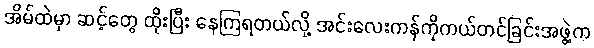
အိမ်ထဲမှာ ဆင့်တွေ ထိုးပြီး နေကြရတယ်လို့ အင်းလေးကန်ကိုကယ်တင်ခြင်းအဖွဲ့က